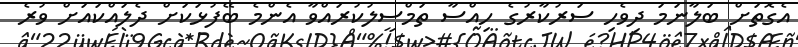
އެގޮތަށް ބަލާނަމަ ދިވެހި ސަރުކާރުގެ ހިއްސާ ތަމްސީލުކުރައްވާ އެންމެ ބޭފުޅަކަށް ދެލައްކައަށް ވުރެ